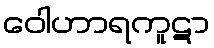
ဝေါဟာရကူဋာ